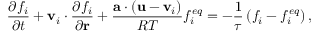
\frac { { \partial { f _ { i } } } } { { \partial t } } + { { \bf { v } } _ { i } } \cdot \frac { { \partial { f _ { i } } } } { { \partial { \bf { r } } } } + \frac { { { \bf { a } } \cdot \left( { { \bf { u } } - { { \bf { v } } _ { i } } } \right) } } { { R T } } f _ { i } ^ { e q } = - \frac { 1 } { \tau } \left( { { f _ { i } } - f _ { i } ^ { e q } } \right) ,